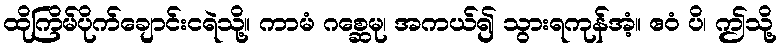
ထိုကြိမ်ပိုက်ချောင်းငရဲသို့။ ကာမံ ဂစ္ဆေမု၊ အကယ်၍ သွားရကုန်အံ့။ ဧဝံ ပိ၊ ဤသို့